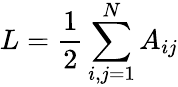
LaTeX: L=\frac{1}{2}\sum_{i,j=1}^{N}A_{ij}